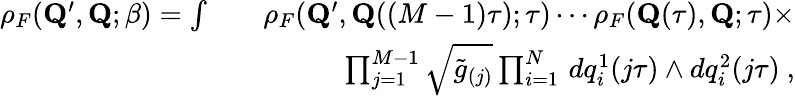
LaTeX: \begin{array}{rlr}{\rho_{F}({\mathbf{Q}^{\prime}},\mathbf{Q};\beta)=\int}&{}&{\rho_{F}({\mathbf{Q}^{\prime}},\mathbf{Q}((M-1)\tau);\tau)\cdots\rho_{F}(\mathbf{Q}(\tau),\mathbf{Q};\tau)\times}\\ &{}&{\prod_{j=1}^{M-1}\sqrt{\tilde{g}_{(j)}}\prod_{i=1}^{N}\, dq_{i}^{1}(j\tau)\wedge dq_{i}^{2}(j\tau)~,}\end{array}